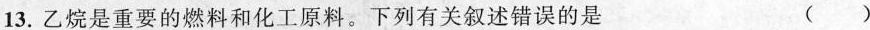
13.乙烷是重要的燃料和化工原料。下列有关叙述错误的是 ( )